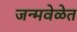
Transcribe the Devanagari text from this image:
जन्मवेळेत